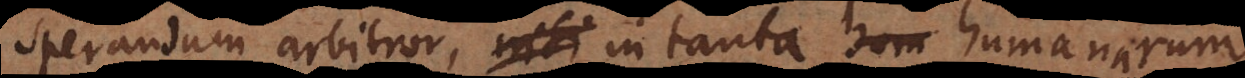
sperandum arbitror, in tanta humanarum